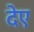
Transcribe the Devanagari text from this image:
देए